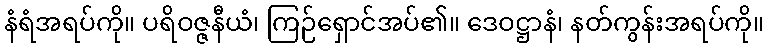
နံရံအရပ်ကို။ ပရိဝဇ္ဇနီယံ၊ ကြဉ်ရှောင်အပ်၏။ ဒေဝဋ္ဌာနံ၊ နတ်ကွန်းအရပ်ကို။